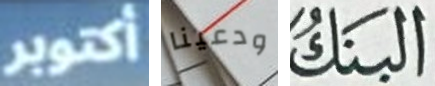
أكتوبر ودعينا البنك